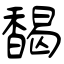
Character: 馤